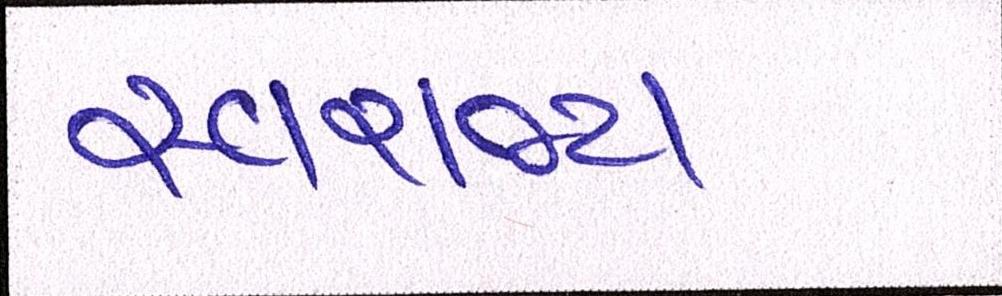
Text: સ્વરાજ્ય